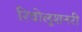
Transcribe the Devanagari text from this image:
रिवोलूशनरी